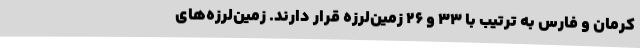
کرمان و فارس به ترتیب با ۳۳ و ۲۶ زمین‌لرزه قرار دارند. زمین‌لرزه‌های